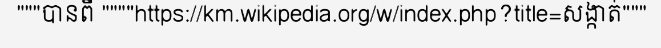
"""បានពី """"https://km.wikipedia.org/w/index.php?title=សង្កាត់"""